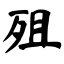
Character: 殂